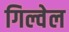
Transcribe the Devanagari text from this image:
गिल्वेल